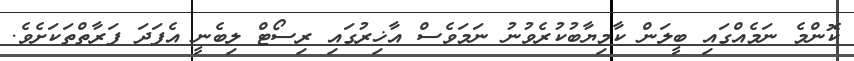
ކޮންމެ ނަމެއްގައި ބީލަން ކާމިޔާބުކުރެވުނު ނަމަވެސް އާޚިރުގައި ރިސޯޓް ލިބެނީ އެފަދަ ފަރާތްތަކަށެވެ.